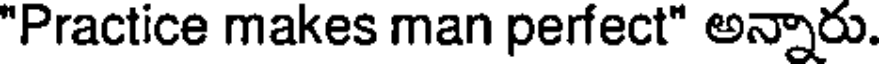
"Practice makes man perfect" అన్నారు.